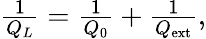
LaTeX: \begin{array}{r}{\frac{1}{Q_{L}}=\frac{1}{Q_{0}}+\frac{1}{Q_{\mathrm{ext}}},}\end{array}